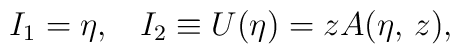
I_1=\eta,\;\;\;I_2\equiv U(\eta)=zA(\eta,\,z),